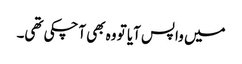
میں واپس آیا تو وہ بھی آچکی تھی۔